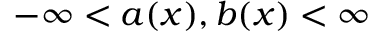
- \infty < a ( x ) , b ( x ) < \infty